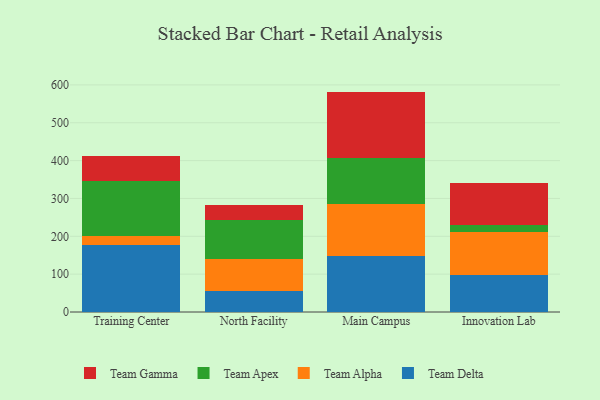
{"axis": {"x": "Campus", "y": "Revenue (USD Million)"}, "legend": ["Team Alpha", "Team Apex", "Team Delta", "Team Gamma"], "data": [{"x": "Training Center", "y": 178.2, "type": "Team Delta"}, {"x": "Training Center", "y": 22.4, "type": "Team Alpha"}, {"x": "Training Center", "y": 146.1, "type": "Team Apex"}, {"x": "Training Center", "y": 66.1, "type": "Team Gamma"}, {"x": "North Facility", "y": 56.8, "type": "Team Delta"}, {"x": "North Facility", "y": 82.4, "type": "Team Alpha"}, {"x": "North Facility", "y": 104.4, "type": "Team Apex"}, {"x": "North Facility", "y": 39.8, "type": "Team Gamma"}, {"x": "Main Campus", "y": 147.4, "type": "Team Delta"}, {"x": "Main Campus", "y": 138.4, "type": "Team Alpha"}, {"x": "Main Campus", "y": 120.2, "type": "Team Apex"}, {"x": "Main Campus", "y": 176.3, "type": "Team Gamma"}, {"x": "Innovation Lab", "y": 97.8, "type": "Team Delta"}, {"x": "Innovation Lab", "y": 112.6, "type": "Team Alpha"}, {"x": "Innovation Lab", "y": 19.8, "type": "Team Apex"}, {"x": "Innovation Lab", "y": 111.2, "type": "Team Gamma"}]}